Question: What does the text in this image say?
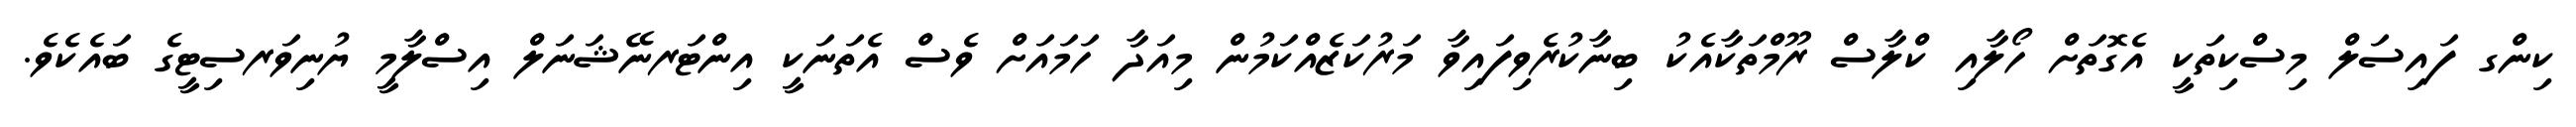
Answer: ކިންގ ފައިސަލް މިސްކިތަކީ އެގޮތަށް ހޯލާއި ކްލާސް ރޫމްތަކާއެކު ބިނާކުރެވިފައިވާ މަރުކަޒެއްކަމުން މިއަދާ ހަމައަށް ވެސް އެތަނަކީ އިންޓަރނޭޝަނަލް އިސްލާމީ ޔުނިވަރސިޓީގެ ބައެކެވެ.